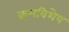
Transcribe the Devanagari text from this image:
क्रमविशेष